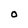
Character: O